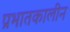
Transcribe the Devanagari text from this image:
प्रभातकालीन